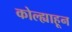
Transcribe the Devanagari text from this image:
कोल्ह्याहून